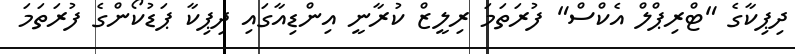
ދިޕިކާގެ "ޓްރިޕްލް އެކްސް" ފުރަތަމަ ރިލީޒް ކުރާނީ އިންޑިއާގައި ދިޕިކާ ޕަޑުކޯންގެ ފުރަތަމަ